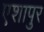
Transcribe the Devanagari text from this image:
एशापुर